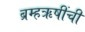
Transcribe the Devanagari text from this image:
ब्रम्हऋषींची